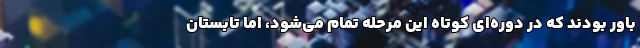
باور بودند که در دوره‌ای کوتاه این مرحله تمام می‌شود، اما تابستان